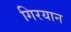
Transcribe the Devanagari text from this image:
गिरयान